Vaccination North-Western Provinces 1866-1877 - 1866-1877
Year: 1866
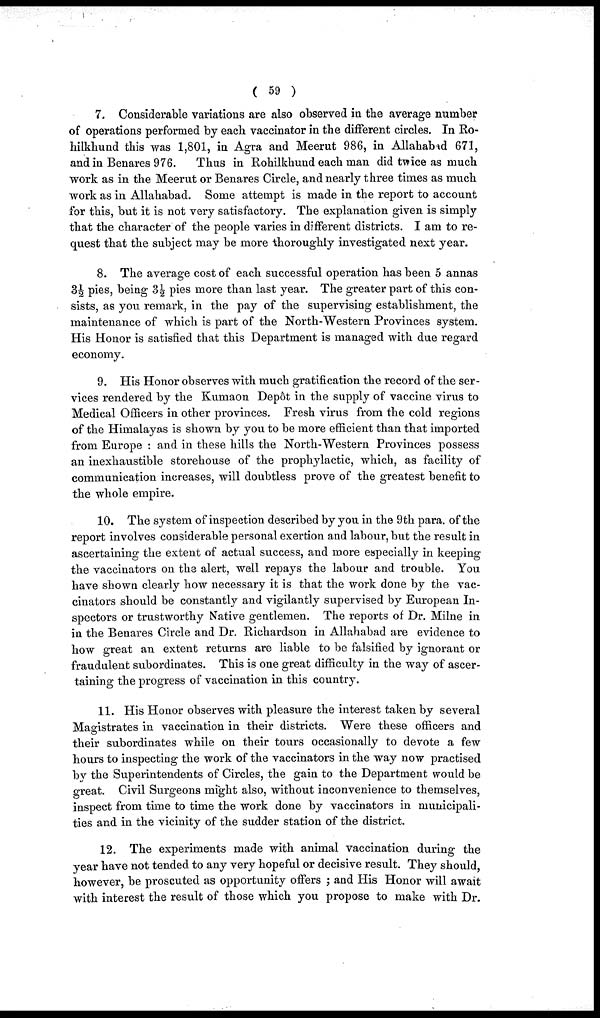
( 59 )
7. Considerable variations are also observed in the average number
of operations performed by each vaccinator in the different circles. In Ro-
hilkhund this was 1,801, in Agra and Meerut 986, in Allahabad 671,
and in Benares 976.
Thus in Rohilkhund each man did twice as much
work as in the Meerut or Benares Circle, and nearly three times as much
work as in Allahabad. Some attempt is made in the report to account
for this, but it is not very satisfactory. The explanation given is simply
that the character of the people varies in different districts. I am to re-
quest that the subject may be more thoroughly investigated next year.
8. The average cost of each successful operation has been 5 annas
3½ pies, being 3½ pies more than last year. The greater part of this con-
sists, as you remark, in the pay of the supervising establishment, the
maintenance of which is part of the North-Western Provinces system.
His Honor is satisfied that this Department is managed with due regard
economy.
9. His Honor observes with much gratification the record of the ser-
vices rendered by the Kumaon Depôt in the supply of vaccine virus to
Medical Officers in other provinces. Fresh virus from the cold regions
of the Himalayas is shown by you to be more efficient than that imported
from Europe : and in these hills the North-Western Provinces possess
an inexhaustible storehouse of the prophylactic, which, as facility of
communication increases, will doubtless prove of the greatest benefit to
the whole empire.
10. The system of inspection described by you in the 9th para, of the
report involves considerable personal exertion and labour, but the result in
ascertaining the extent of actual success, and more especially in keeping
the vaccinators on the alert, well repays the labour and trouble. You
have shown clearly how necessary it is that the work done by the vac-
cinators should be constantly and vigilantly supervised by European In-
spectors or trustworthy Native gentlemen. The reports of Dr. Milne in
in the Benares Circle and Dr. Richardson in Allahabad are evidence to
how great an extent returns are liable to be falsified by ignorant or
fraudulent subordinates. This is one great difficulty in the way of ascer-
taining the progress of vaccination in this country.
11. His Honor observes with pleasure the interest taken by several
Magistrates in vaccination in their districts. Were these officers and
their subordinates while on their tours occasionally to devote a few
hours to inspecting the work of the vaccinators in the way now practised
by the Superintendents of Circles, the gain to the Department would be
great. Civil Surgeons might also, without inconvenience to themselves,
inspect from time to time the work done by vaccinators in municipali-
ties and in the vicinity of the sudder station of the district.
12. The experiments made with animal vaccination during the
year have not tended to any very hopeful or decisive result. They should,
however, be proscuted as opportunity offers ; and His Honor will await
with interest the result of those which you propose to make with Dr.